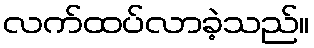
လက်ထပ်လာခဲ့သည်။